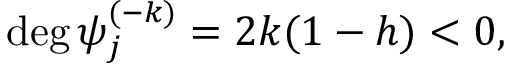
\mathrm { d e g } \, \psi _ { j } ^ { ( - k ) } = 2 k ( 1 - h ) < 0 ,